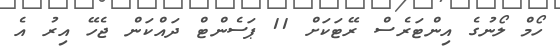
ހޯމް ލޯނުގެ އިންޓަރެސް ރޭޓަކަށް 11 ޕަސެންޓް ދައްކަން ޖެހޭ އިރު އެ